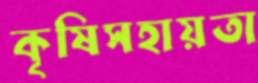
কৃষিসহায়তা